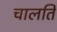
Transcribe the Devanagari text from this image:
चालति